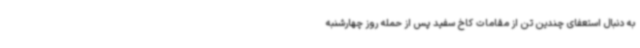
به دنبال استعفای چندین تن از مقامات کاخ سفید پس از حمله روز چهارشنبه